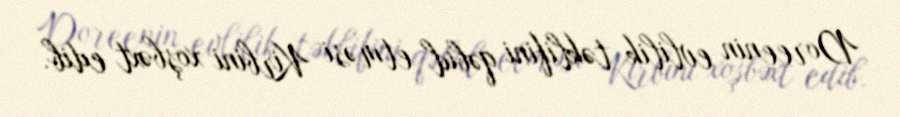
Doreenin evlilik təklifini qəbul etməsi Kirbini xoşbəxt edib.